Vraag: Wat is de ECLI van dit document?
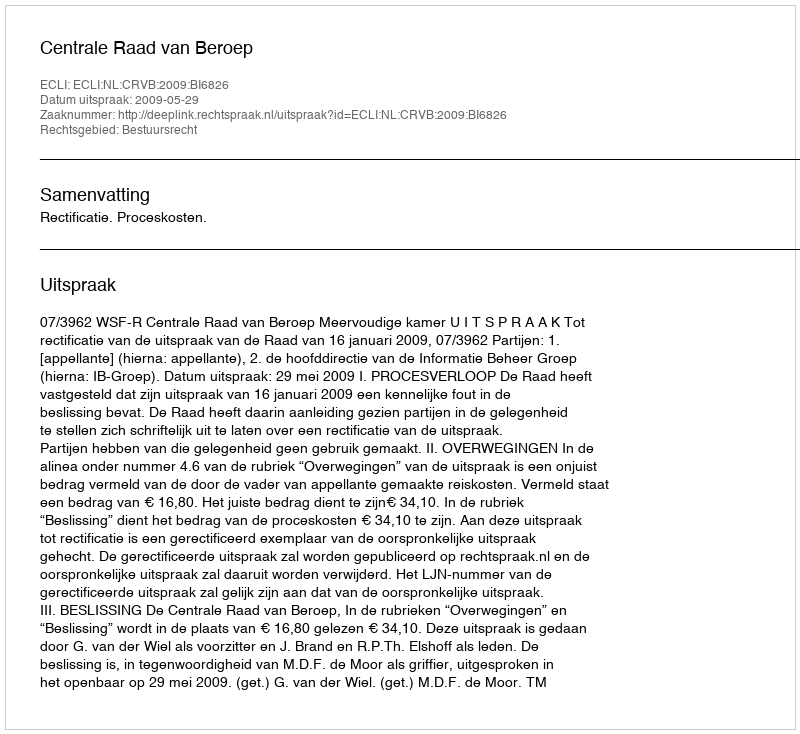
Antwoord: ECLI:NL:CRVB:2009:BI6826